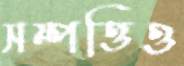
সম্পত্তিও